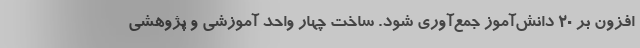
افزون بر ۲۰ دانش‌آموز جمع‌آوری شود. ساخت چهار واحد آموزشی و پژوهشی